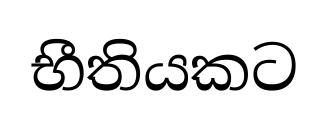
භීතියකට